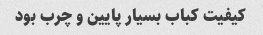
کیفیت کباب بسیار پایین و چرب بود